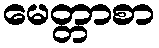
မေတ္တာစာ